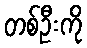
တစ်ဦးကို